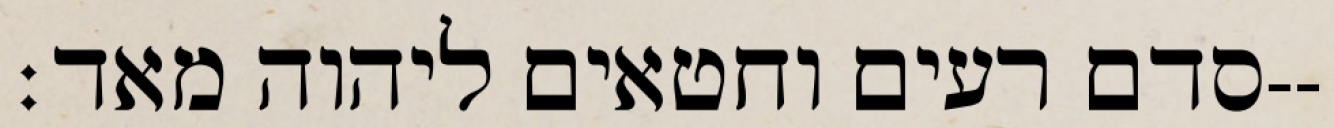
סדם רעים וחטאים ליהוה מאד׃--